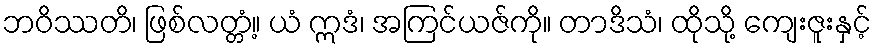
ဘဝိဿတိ၊ ဖြစ်လတ္တံ့။ ယံ ဣဒံ၊ အကြင်ယဇ်ကို။ တာဒိသံ၊ ထိုသို့ ကျေးဇူးနှင့်